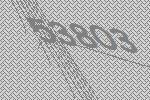
53803